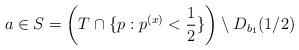
LaTeX: \begin{align*}a & \in S = \left(T\cap\{p:p^{(x)}<\frac{1}{2}\}\right)\setminus D_{b_{1}}(1/2)\end{align*}